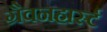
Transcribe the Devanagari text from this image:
ग्रैवनहार्स्ट